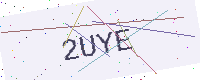
Text: 2UYE